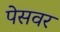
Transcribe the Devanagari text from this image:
पेसवर